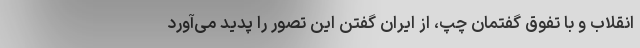
انقلاب و با تفوق گفتمان چپ، از ایران گفتن این تصور را پدید می‌آورد